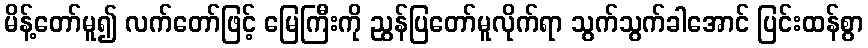
မိန့်တော်မူ၍ လက်တော်ဖြင့် မြေကြီးကို ညွန်ပြတော်မူလိုက်ရာ သွက်သွက်ခါအောင် ပြင်းထန်စွာ